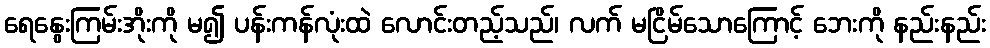
ရေနွေးကြမ်းအိုးကို မ၍ ပန်းကန်လုံးထဲ လောင်းတည့်သည်၊ လက် မငြိမ်သောကြောင့် ဘေးကို နည်းနည်း